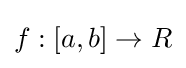
f:[a,b]\to R